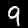
Digit: 9